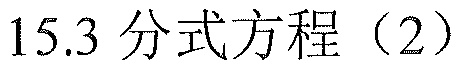
15.3 分式方程（2）